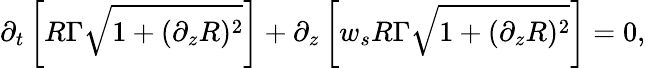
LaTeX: \partial_{{t}}\left[R\Gamma\sqrt{1+(\partial_{z}R)^{2}}\right]+\partial_{z}\left[{w}_{s}R\Gamma\sqrt{1+(\partial_{z}R)^{2}}\right]=0,